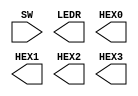
module TopLevel (
    SW, LEDR, HEX0, HEX1, HEX2, HEX3
);

input [9:0] SW;
output [9:0] LEDR;
output [7:0] HEX0, HEX1, HEX2, HEX3;


    
endmodule